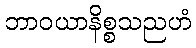
ဘာဝယာနိစ္စသညဟံ